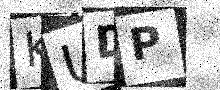
Text: KUDP